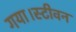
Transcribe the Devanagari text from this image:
गया।स्टीवन